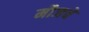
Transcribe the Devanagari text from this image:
मौजचे